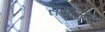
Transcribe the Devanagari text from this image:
सयोंजक